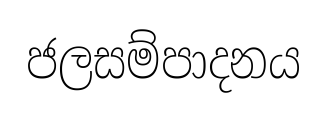
ජලසම්පාදනය